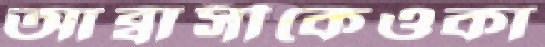
আব্বাসীকেওকা